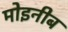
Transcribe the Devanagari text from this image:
मोइनीब